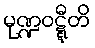
မုဏ္ဍဝဋ္ဋီတိ